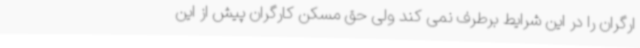
ارگران را در این شرایط برطرف نمی کند ولی حق مسکن کارگران پیش از این